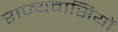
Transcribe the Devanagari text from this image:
राज्यवासियों